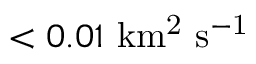
< 0 . 0 1 \ \mathrm { k m ^ { 2 } \ s ^ { - 1 } }